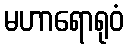
မဟာရောရုဝံ